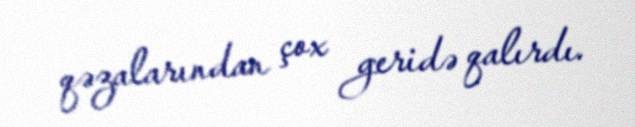
qəzalarından çox geridə qalırdı.